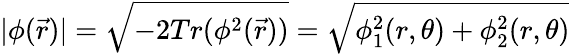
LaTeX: |\phi(\vec{r})|=\sqrt{-2Tr(\phi^{2}(\vec{r}))}=\sqrt{\phi_{1}^{2}(r,\theta)+\phi_{2}^{2}(r,\theta)}